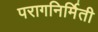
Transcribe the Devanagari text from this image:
परागनिर्मिती